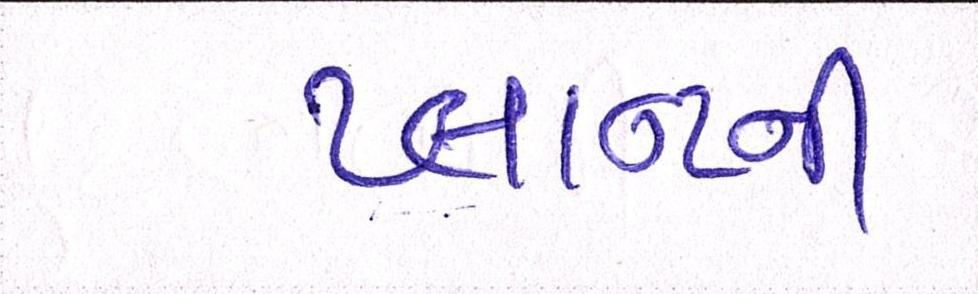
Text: પ્લાન્ટની